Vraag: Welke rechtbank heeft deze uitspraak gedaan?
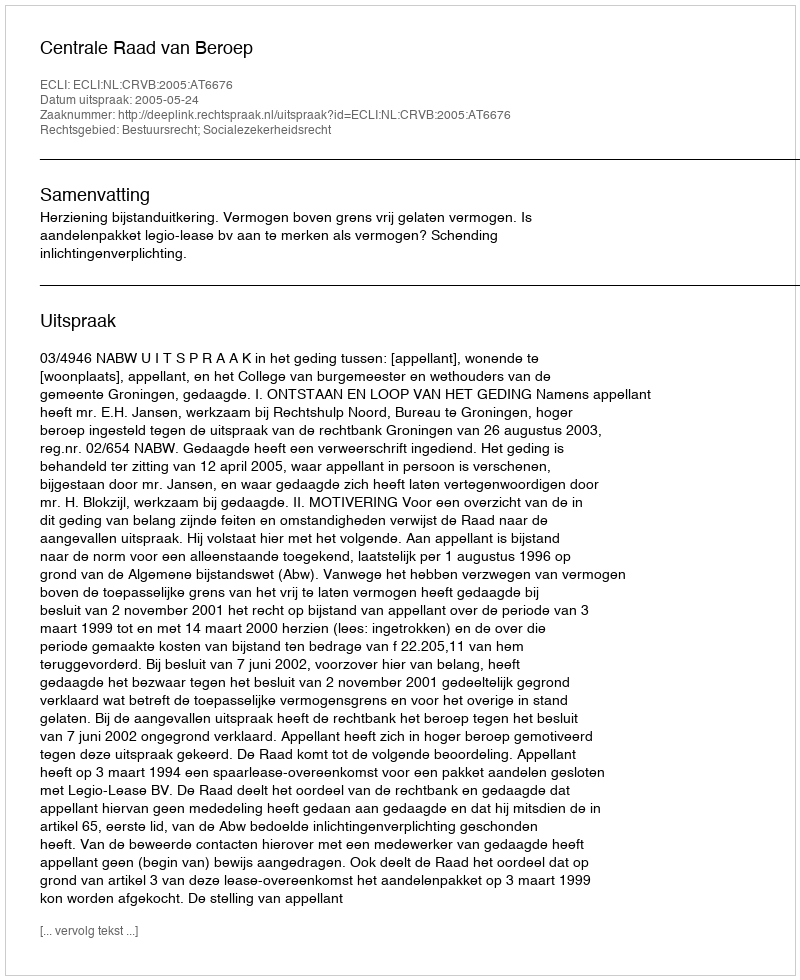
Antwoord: Centrale Raad van Beroep